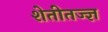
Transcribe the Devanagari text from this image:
शेतीतज्‍ज्ञ